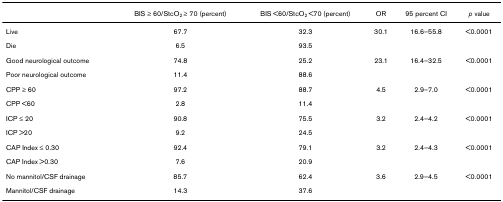
<table><thead><tr><td></td><td><b>BIS ≥ 60/StcO<sub>2 </sub>≥ 70 (percent)</b></td><td><b>BIS &lt;60/StcO<sub>2 </sub>&lt;70 (percent)</b></td><td><b>OR</b></td><td><b>95 percent CI</b></td><td><b><i>p </i>value</b></td></tr></thead><tbody><tr><td>Live</td><td>67.7</td><td>32.3</td><td>30.1</td><td>16.6–55.8</td><td>&lt;0.0001</td></tr><tr><td>Die</td><td>6.5</td><td>93.5</td><td></td><td></td><td></td></tr><tr><td>Good neurological outcome</td><td>74.8</td><td>25.2</td><td>23.1</td><td>16.4–32.5</td><td>&lt;0.0001</td></tr><tr><td>Poor neurological outcome</td><td>11.4</td><td>88.6</td><td></td><td></td><td></td></tr><tr><td>CPP ≥ 60</td><td>97.2</td><td>88.7</td><td>4.5</td><td>2.9–7.0</td><td>&lt;0.0001</td></tr><tr><td>CPP &lt;60</td><td>2.8</td><td>11.4</td><td></td><td></td><td></td></tr><tr><td>ICP ≤ 20</td><td>90.8</td><td>75.5</td><td>3.2</td><td>2.4–4.2</td><td>&lt;0.0001</td></tr><tr><td>ICP &gt;20</td><td>9.2</td><td>24.5</td><td></td><td></td><td></td></tr><tr><td>CAP Index ≤ 0.30</td><td>92.4</td><td>79.1</td><td>3.2</td><td>2.4–4.3</td><td>&lt;0.0001</td></tr><tr><td>CAP Index &gt;0.30</td><td>7.6</td><td>20.9</td><td></td><td></td><td></td></tr><tr><td>No mannitol/CSF drainage</td><td>85.7</td><td>62.4</td><td>3.6</td><td>2.9–4.5</td><td>&lt;0.0001</td></tr><tr><td>Mannitol/CSF drainage</td><td>14.3</td><td>37.6</td><td></td><td></td><td></td></tr></tbody></table>